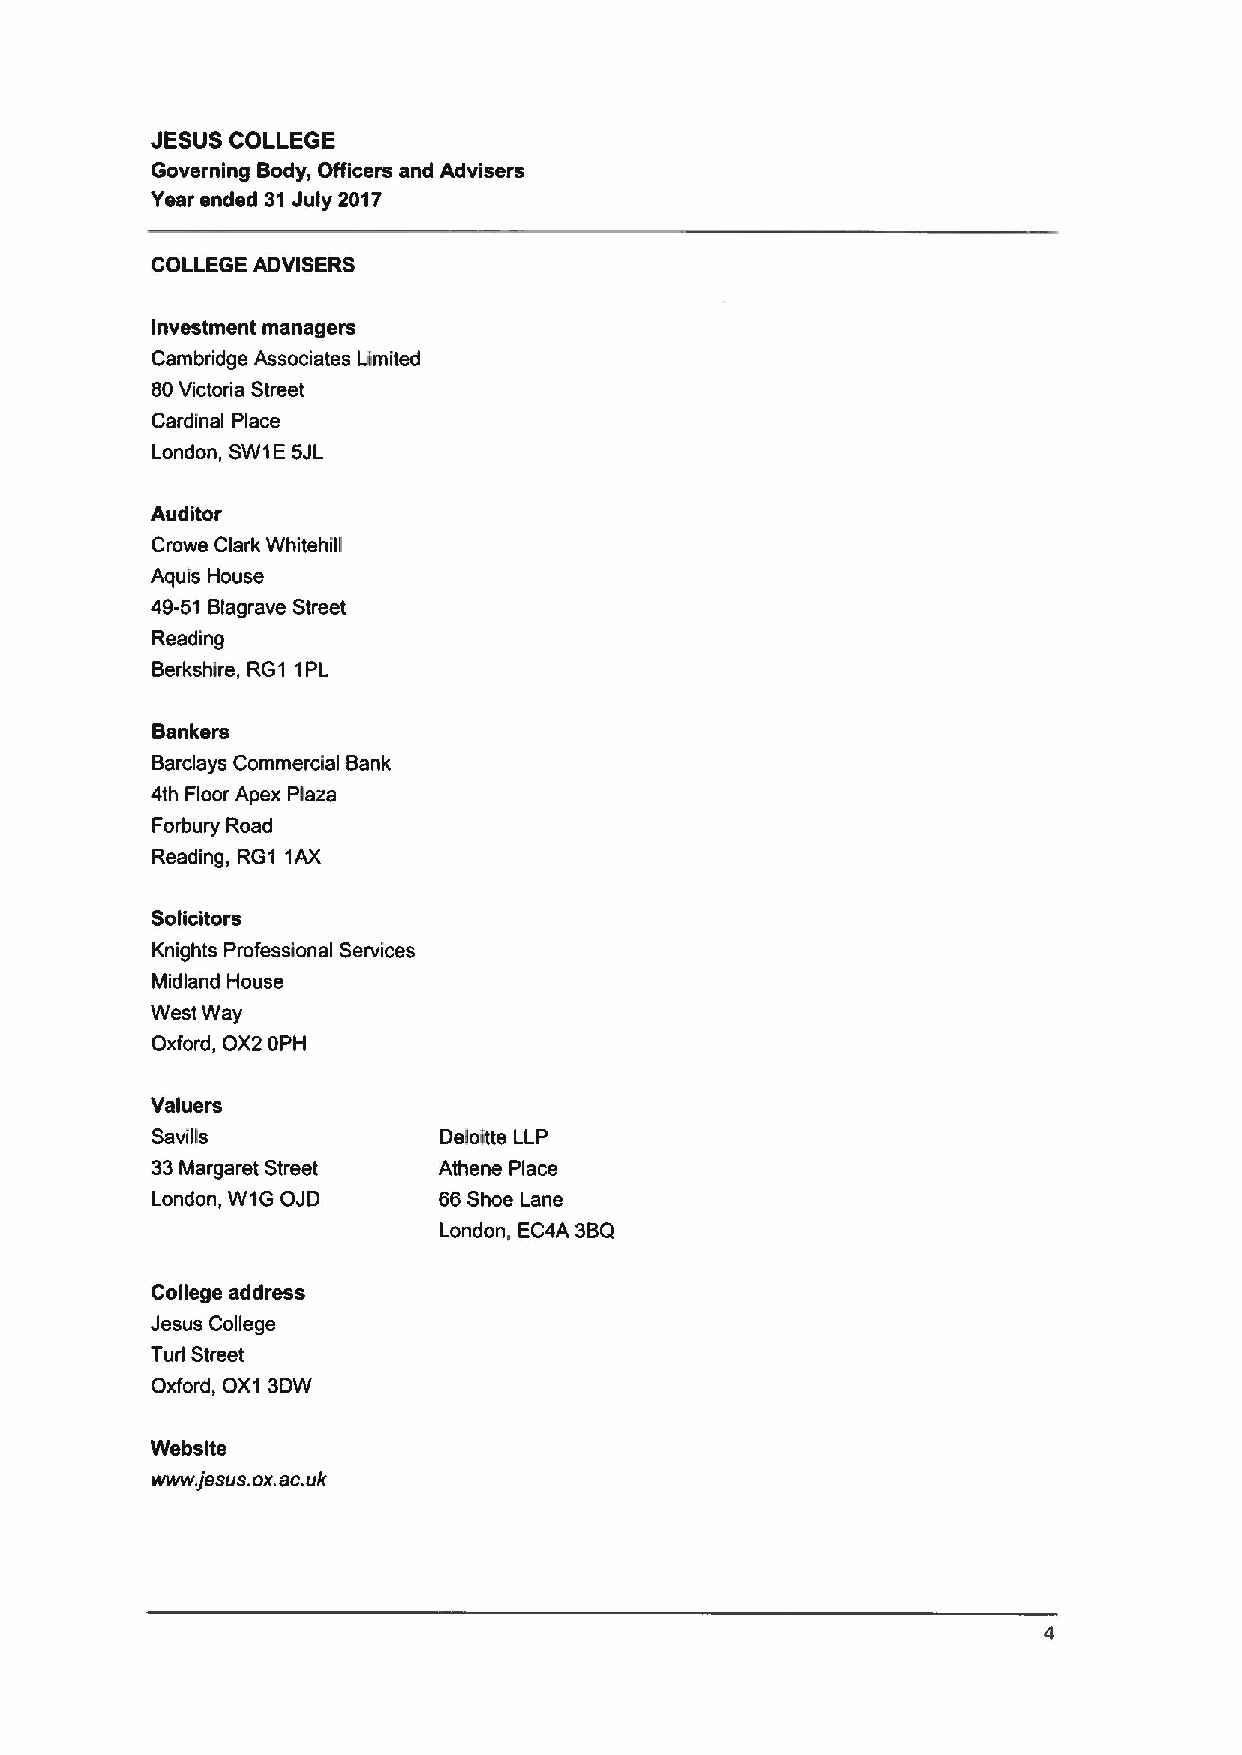
JESUS COLLEGE
 Governing Body, Officers and Advisers
 Year ended 31July 2017
 COLLEGE ADVISERS
 Investment managers
 Cambridge Associates Limited
 80Victoria Street
 Cardinal Place
 London, SW1E5JL
 Auditor
 Crows Clark Whitehill
 Aquis House
 49-51 Blagrave Street
 Reading
 Berkshire, RG1 1PL
 Bankers
 Barclays Commercial Bank
 4th Floor Apex Plaza
 Forbury Road
 Reading, RG1 1AX
 Solicitors
 Knights Professional Services
 Midland House
 West Way
 Oxford, OX2 OPH
 Valuers
 Seville            Deloitte LLP
 33Margaret Street  Athene Place
 London, W1G OJD    66Shoe Lane
 London. EC4A 3BQ
 College address
 Jesus College
 Turl Street
 Oxford, OX1 3DW
 Website
 www jesus.ox.ac.uk